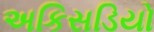
અકિસડિયો